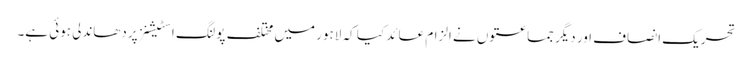
تحریک انصاف اور دیگر جماعتوں نے الزام عائد کیا کہ لاہور میں مختلف پولنگ اسٹیشنز پردھاندلی ہوئی ہے۔